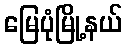
မြေပုံမြို့နယ်